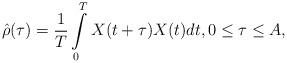
LaTeX: \begin{align*} \hat{\rho}(\tau)=\frac{1}{T}\int\limits_0^{T}X(t+\tau)X(t)dt,0\leq \tau\leq A,\end{align*}